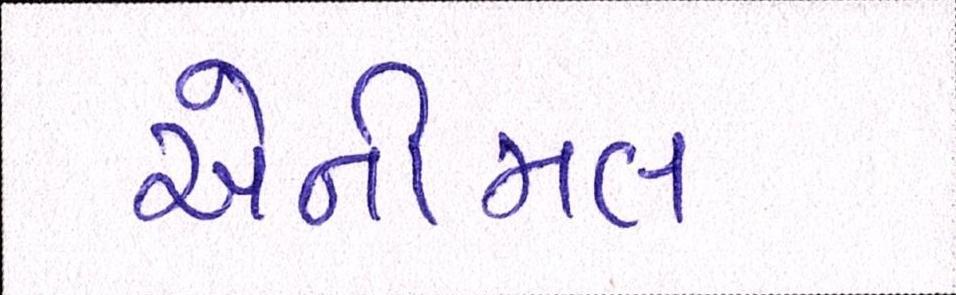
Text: એનીમલ